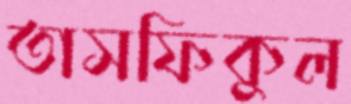
তাসফিকুল